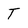
Character: T